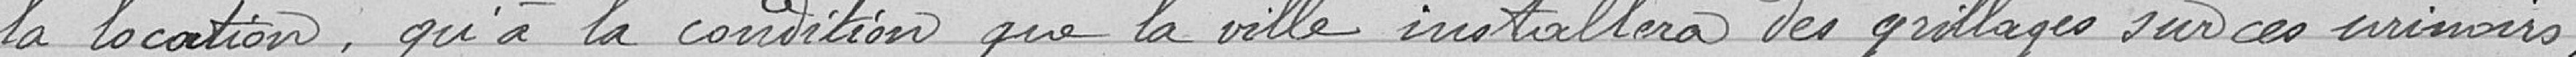
la location, qu'à la condition que la ville installera des grillages sur ces urinoirs,